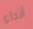
أثداء